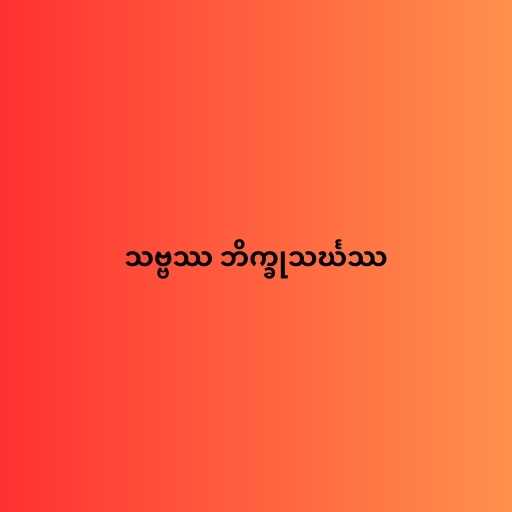
သဗ္ဗဿ ဘိက္ခုသင်္ဃဿ